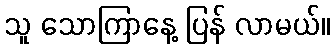
သူ သောကြာနေ့ ပြန် လာမယ်။